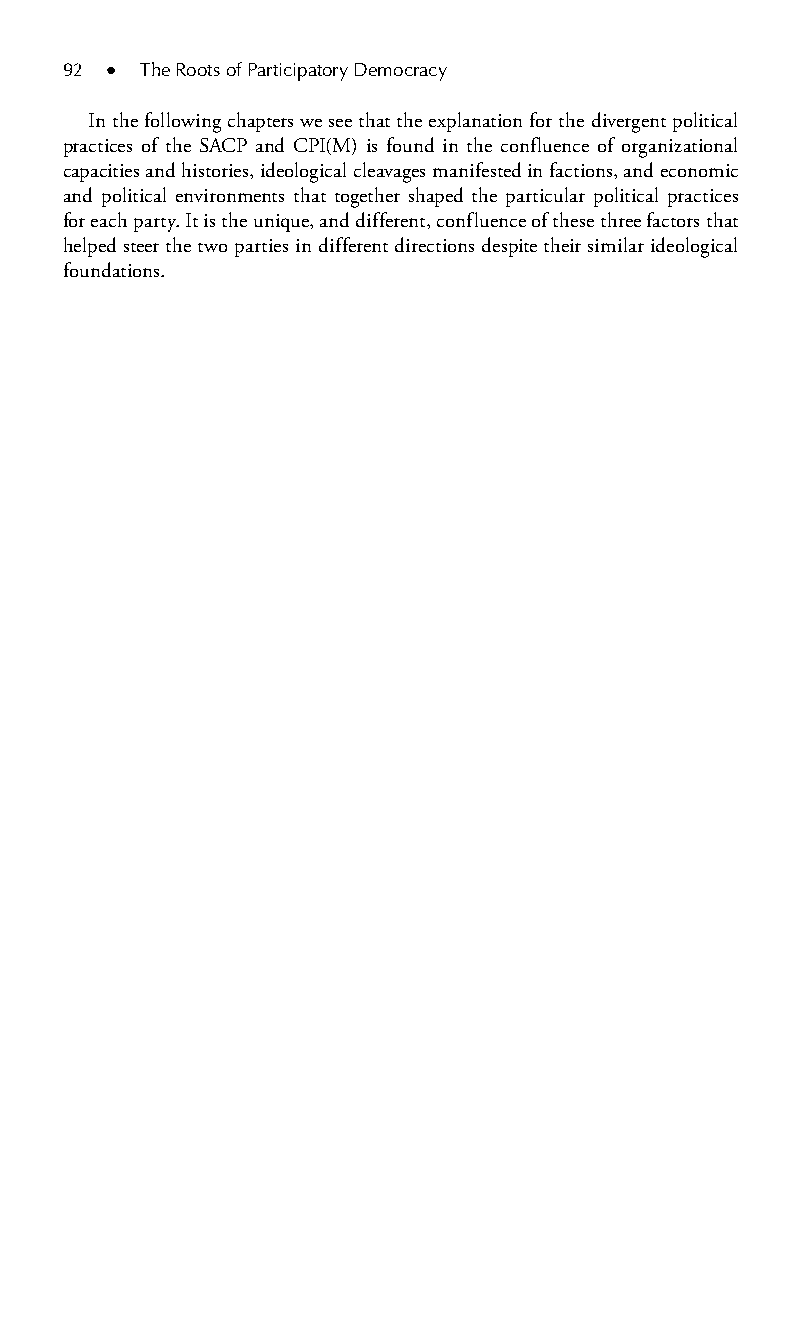
92 ● The Roots of Participatory Democracy
 In the following chapters we see that the explanation for the divergent political
 practices of the SACP and CPI(M) is found in the confluence of organizational
 capacities and histories, ideological cleavages manifested in factions, and economic
 and political environments that together shaped the particular political practices
 for each party. It is the unique, and different, confluence of these three factors that
 helped steer the two parties in different directions despite their similar ideological
 foundations.
 99778800223300660066440011ttss0077..iinndddd 9922 33//2255//22000088 99::1199::2233 AAMM